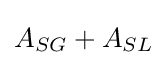
A_{SG}+A_{SL}